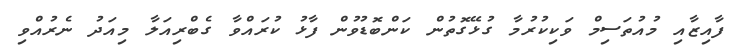
ފާއިޒާއި މުއުތަސިމް ވަކިކުރުމާ ގުޅޭގޮތުން ކަންބޮޑުވުން ފާޅު ކުރައްވާ ގެބްރިއަލާ މިއަދު ނެރުއްވި